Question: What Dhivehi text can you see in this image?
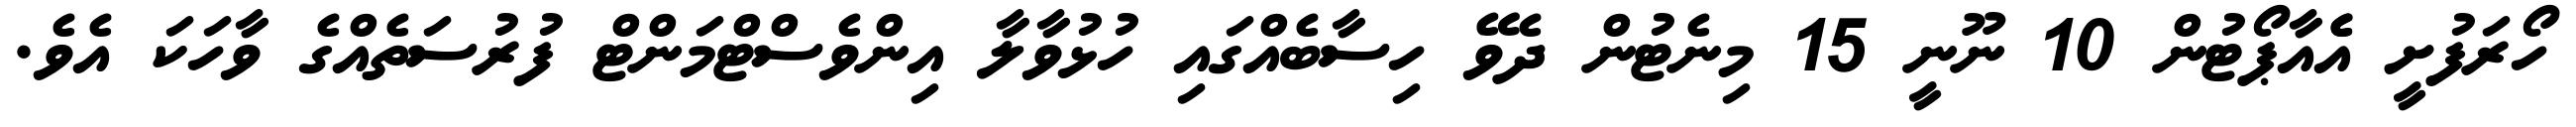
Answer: ހޯރަފުށީ އެެއާޕޯޓުން 10 ނޫނީ 15 މިނެޓުން ދެވޭ ހިސާބެއްގައި ހުޅުވާލާ އިންވެސްޓްމަންޓް ފުރުސަތެއްގެ ވާހަކަ އެވެ.